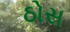
ઠોસ